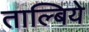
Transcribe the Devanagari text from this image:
ताल्बिये